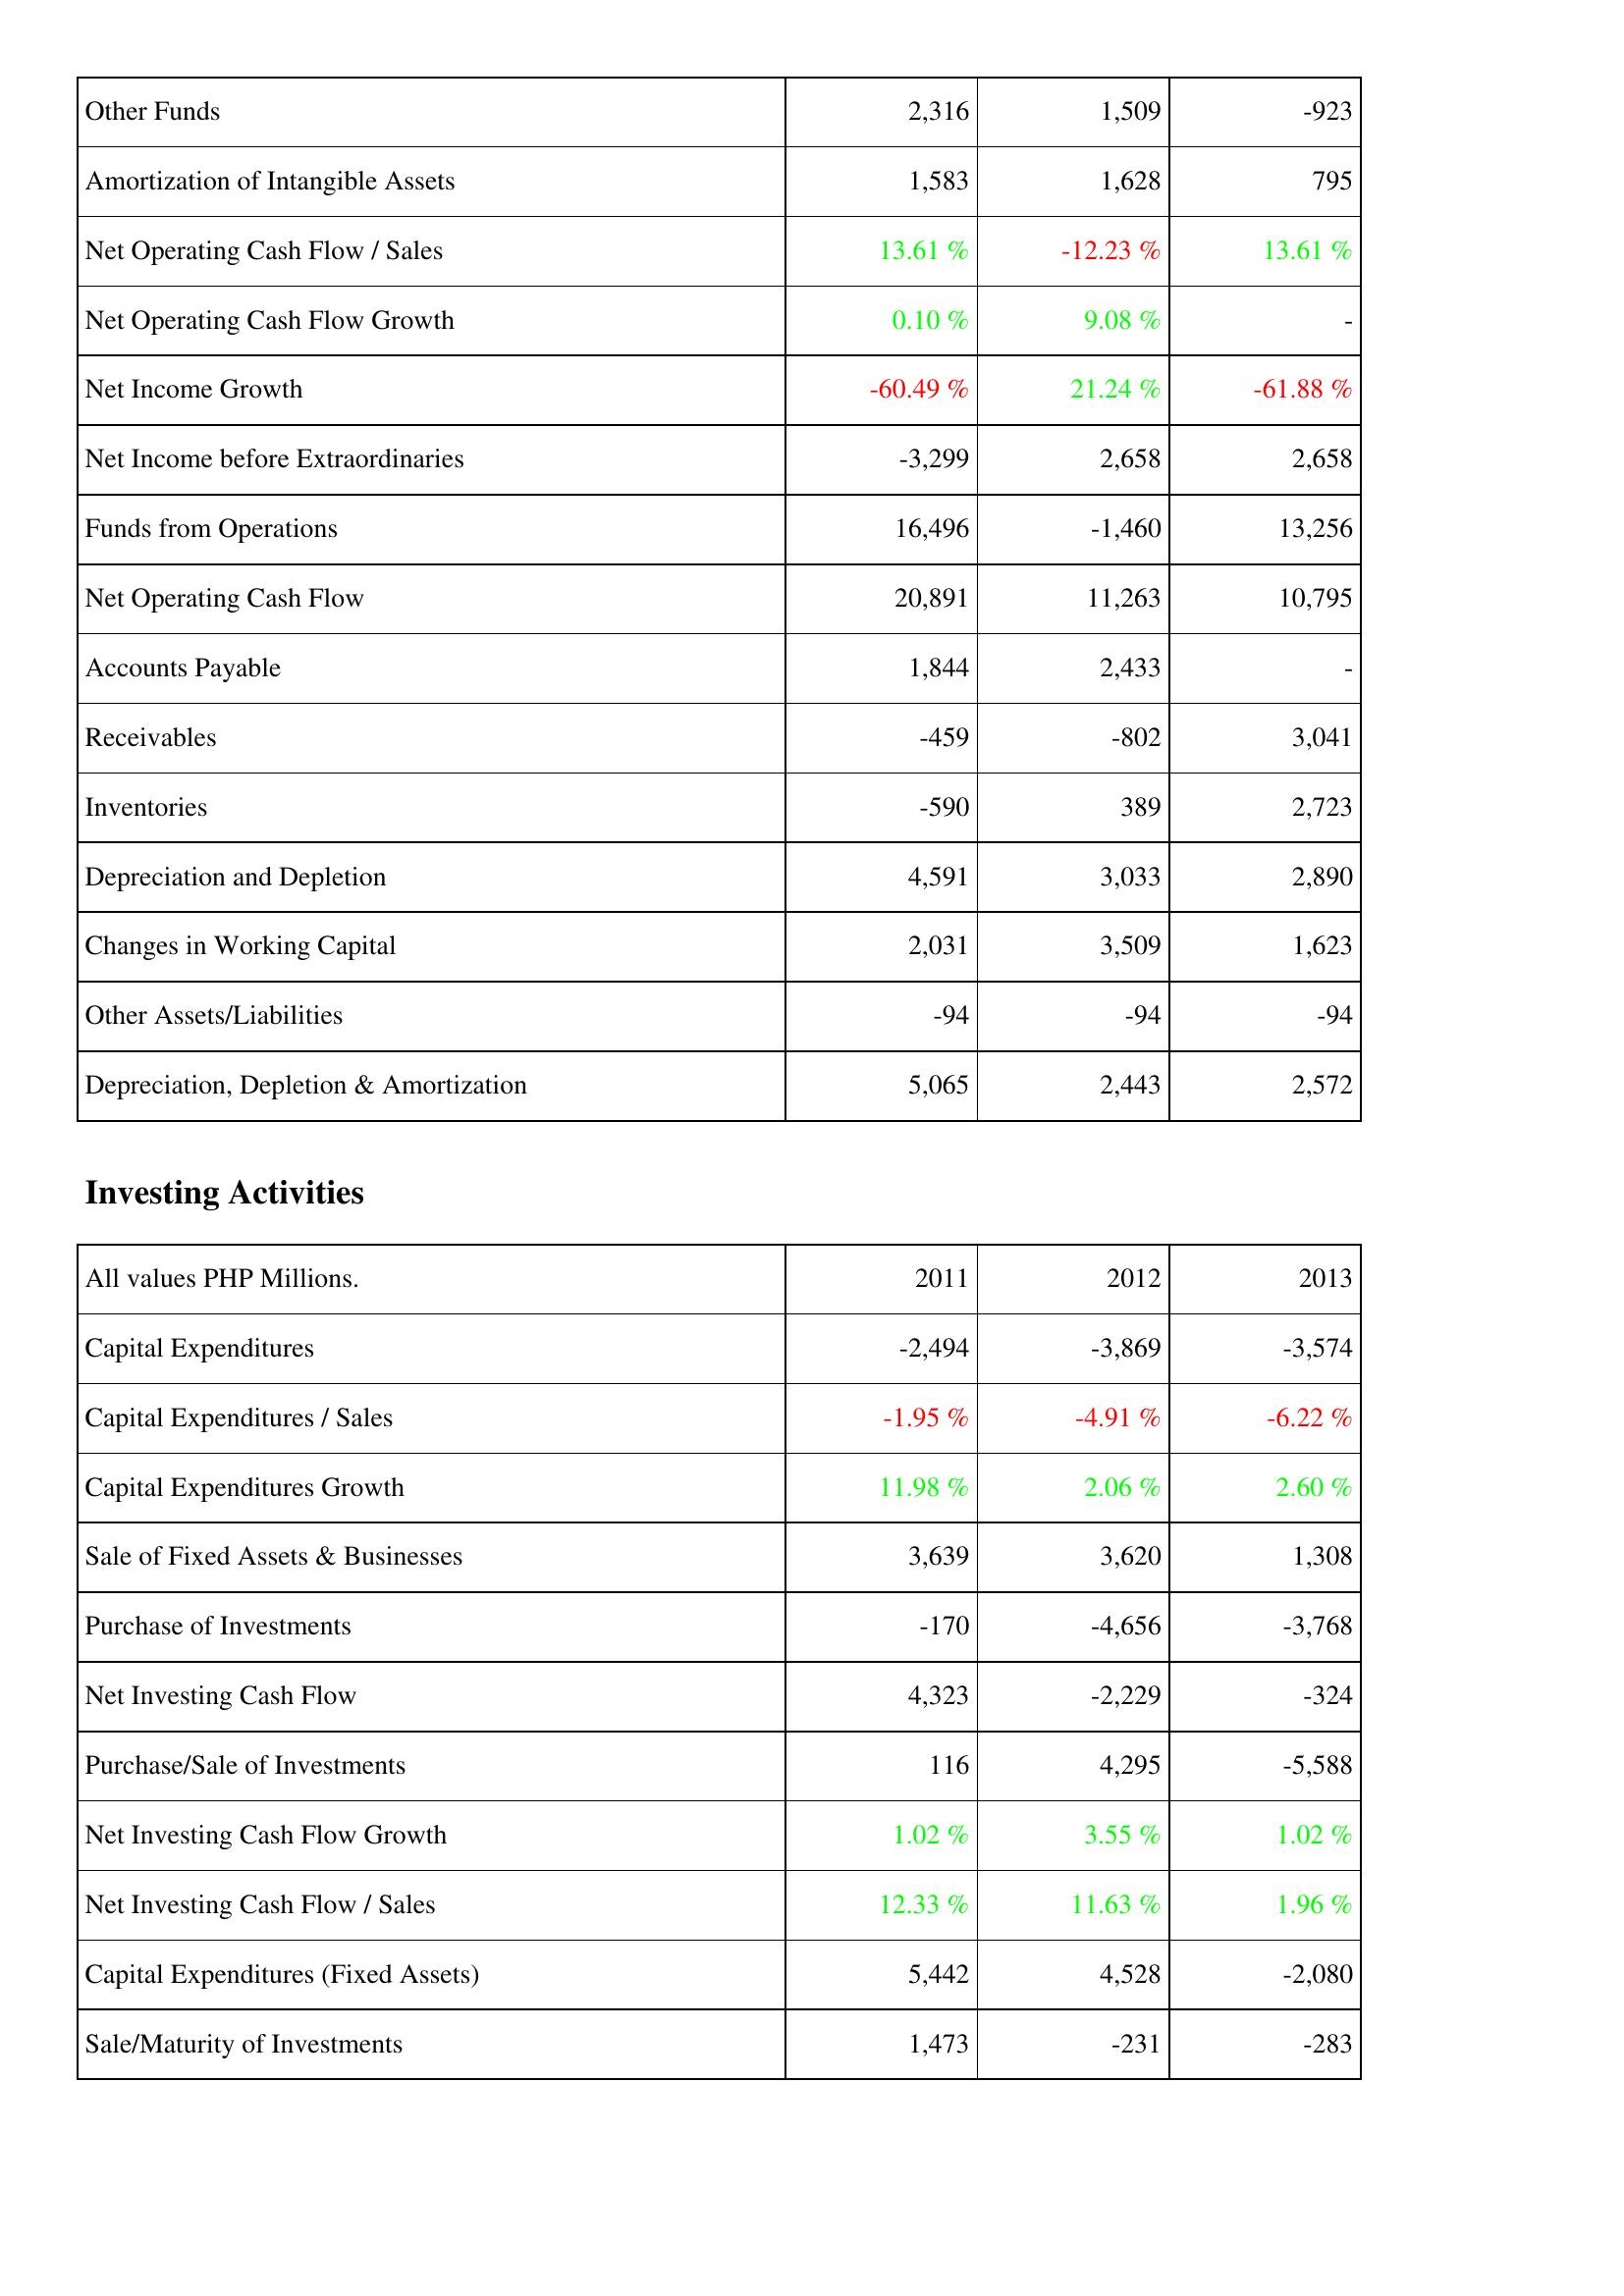
2011: Operating Activities: Other Funds: 2,316
Amortization of Intangible Assets: 1,583
Net Operating Cash Flow / Sales: 13.61 %
Net Operating Cash Flow Growth: 0.10 %
Net Income Growth: -60.49 %
Net Income before Extraordinaries: -3,299
Funds from Operations: 16,496
Net Operating Cash Flow: 20,891
Accounts Payable: 1,844
Receivables: -459
Inventories: -590
Depreciation and Depletion: 4,591
Changes in Working Capital: 2,031
Other Assets/Liabilities: -94
Depreciation, Depletion & Amortization: 5,065
Investing Activities: Capital Expenditures: -2,494
Capital Expenditures / Sales: -1.95 %
Capital Expenditures Growth: 11.98 %
Sale of Fixed Assets & Businesses: 3,639
Purchase of Investments: -170
Net Investing Cash Flow: 4,323
Purchase/Sale of Investments: 116
Net Investing Cash Flow Growth: 1.02 %
Net Investing Cash Flow / Sales: 12.33 %
Capital Expenditures (Fixed Assets): 5,442
Sale/Maturity of Investments: 1,473
2012: Operating Activities: Other Funds: 1,509
Amortization of Intangible Assets: 1,628
Net Operating Cash Flow / Sales: -12.23 %
Net Operating Cash Flow Growth: 9.08 %
Net Income Growth: 21.24 %
Net Income before Extraordinaries: 2,658
Funds from Operations: -1,460
Net Operating Cash Flow: 11,263
Accounts Payable: 2,433
Receivables: -802
Inventories: 389
Depreciation and Depletion: 3,033
Changes in Working Capital: 3,509
Other Assets/Liabilities: -94
Depreciation, Depletion & Amortization: 2,443
Investing Activities: Capital Expenditures: -3,869
Capital Expenditures / Sales: -4.91 %
Capital Expenditures Growth: 2.06 %
Sale of Fixed Assets & Businesses: 3,620
Purchase of Investments: -4,656
Net Investing Cash Flow: -2,229
Purchase/Sale of Investments: 4,295
Net Investing Cash Flow Growth: 3.55 %
Net Investing Cash Flow / Sales: 11.63 %
Capital Expenditures (Fixed Assets): 4,528
Sale/Maturity of Investments: -231
2013: Operating Activities: Other Funds: -923
Amortization of Intangible Assets: 795
Net Operating Cash Flow / Sales: 13.61 %
Net Operating Cash Flow Growth: -
Net Income Growth: -61.88 %
Net Income before Extraordinaries: 2,658
Funds from Operations: 13,256
Net Operating Cash Flow: 10,795
Accounts Payable: -
Receivables: 3,041
Inventories: 2,723
Depreciation and Depletion: 2,890
Changes in Working Capital: 1,623
Other Assets/Liabilities: -94
Depreciation, Depletion & Amortization: 2,572
Investing Activities: Capital Expenditures: -3,574
Capital Expenditures / Sales: -6.22 %
Capital Expenditures Growth: 2.60 %
Sale of Fixed Assets & Businesses: 1,308
Purchase of Investments: -3,768
Net Investing Cash Flow: -324
Purchase/Sale of Investments: -5,588
Net Investing Cash Flow Growth: 1.02 %
Net Investing Cash Flow / Sales: 1.96 %
Capital Expenditures (Fixed Assets): -2,080
Sale/Maturity of Investments: -283